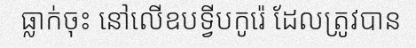
ធ្លាក់ចុះ នៅលើឧបទ្វីបកូរ៉េ ដែលត្រូវបាន